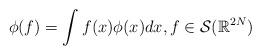
LaTeX: \begin{align*}\phi(f)=\int f(x)\phi(x)dx, f\in \mathcal S(\mathbb R^{2N})\end{align*}